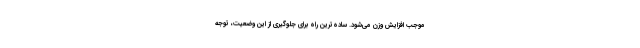
موجب افزایش وزن می‌شود. ساده‌ترین راه برای جلوگیری از این وضعیت، توجه